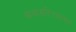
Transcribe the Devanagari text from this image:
कथासरितसागर